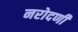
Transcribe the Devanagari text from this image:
नरोदणी